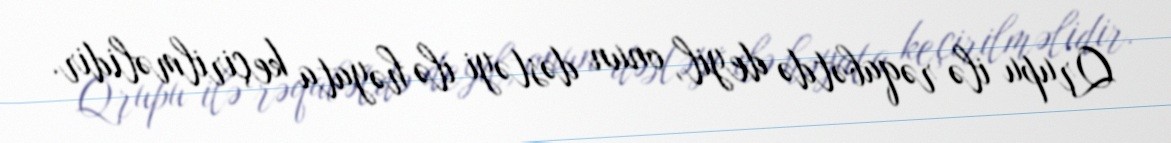
Qrupu ilə rəqabətdə deyil, onun dəstəyi ilə həyata keçirilməlidir.